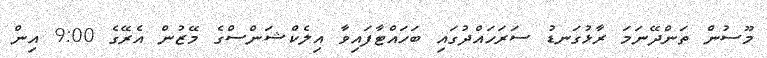
މޫސުން ތަންދޭނަމަ ރާޅުގަނޑު ސަރަހައްދުގައި ބަހައްޓާފައިވާ އިލެކްޝަންސްގެ މޭޒުން އެރޭގެ 9:00 އިން